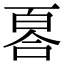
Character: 𠷡